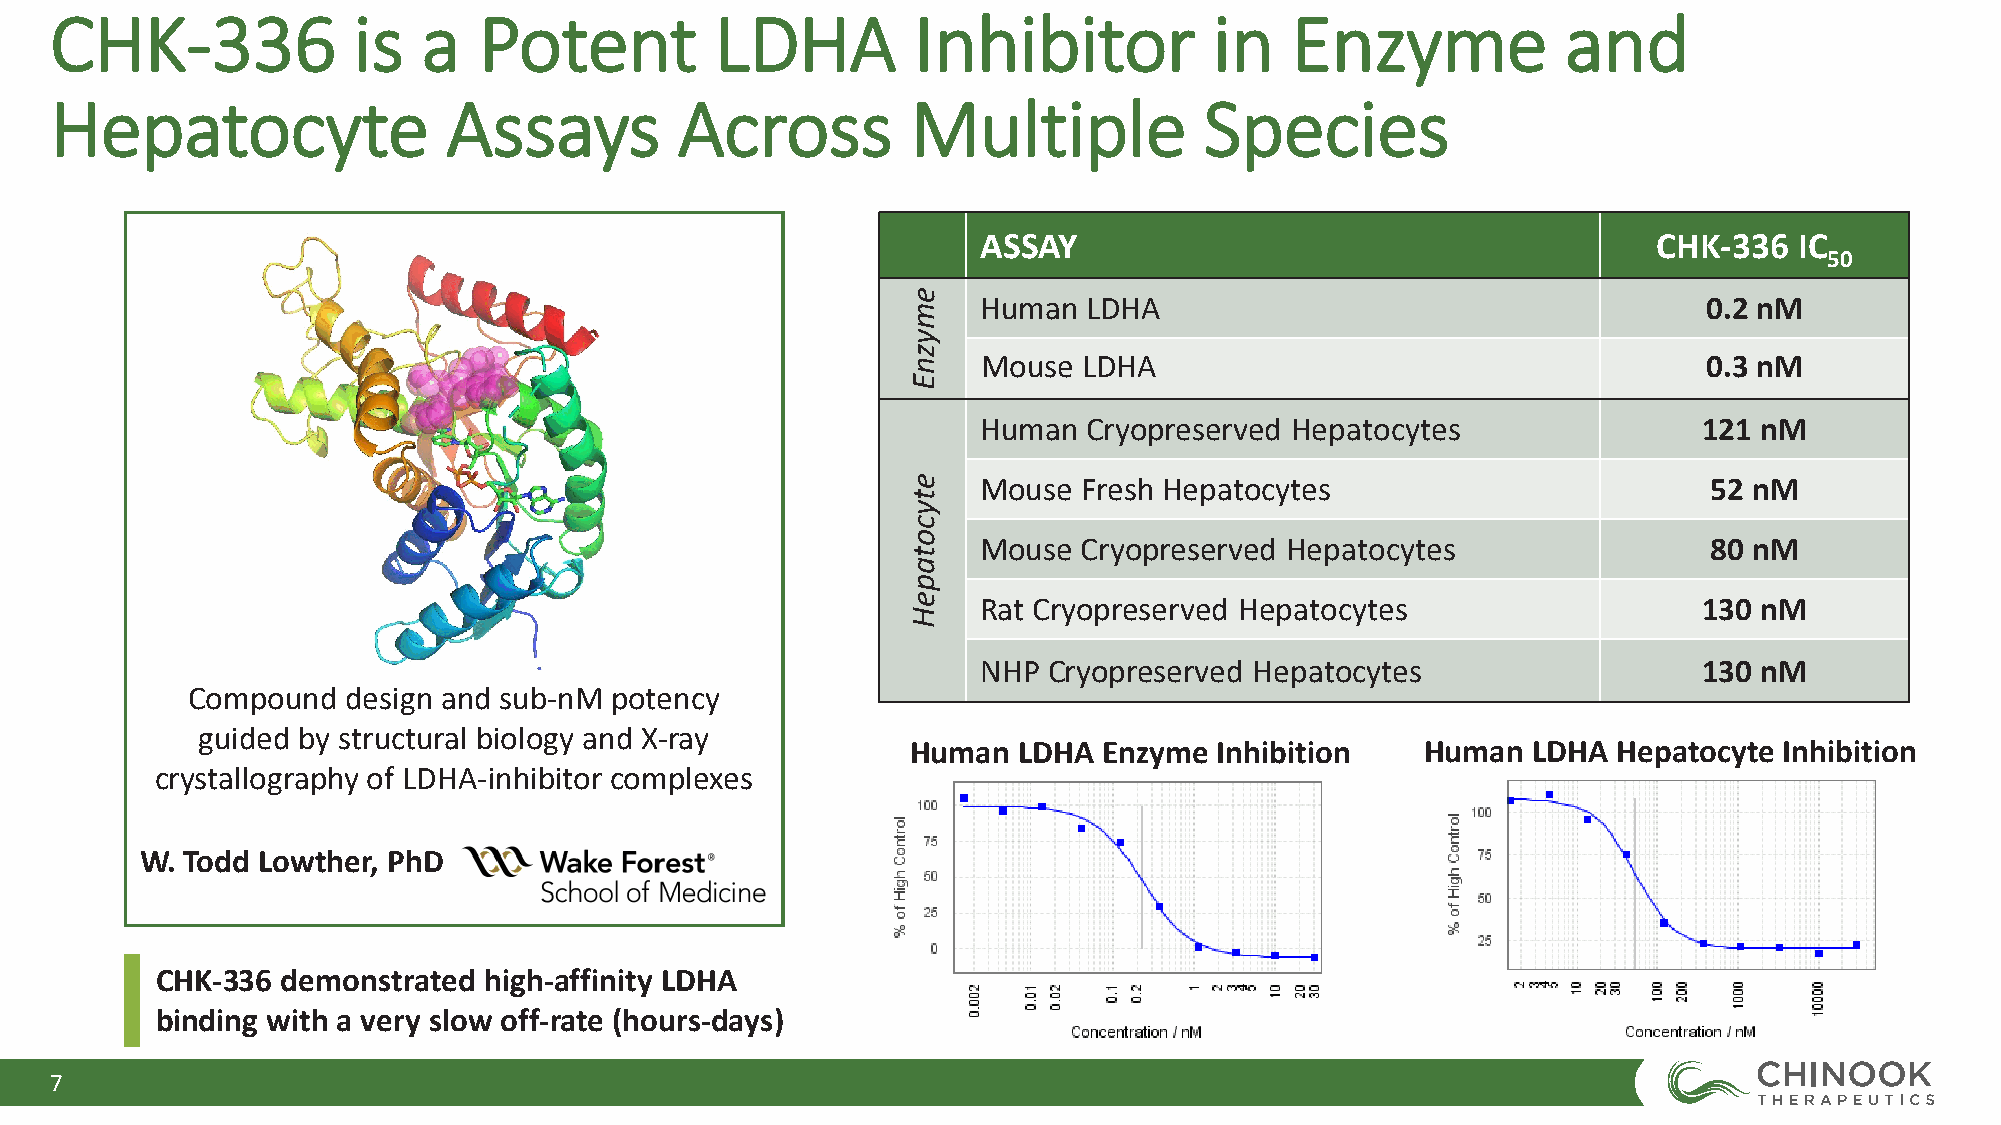
CHK-336             is   a   Potent         LDHA         Inhibitor           in   Enzyme             and
 Hepatocyte                 Assays         Across         Multiple            Species
 ASSAY                                        CHK-336  IC
 50
 Human  LDHA                                     0.2 nM
 Mouse  LDHA                                     0.3 nM
 Human  Cryopreserved Hepatocytes                121 nM
 Mouse  Fresh Hepatocytes                        52 nM
 Mouse  Cryopreserved Hepatocytes                80 nM
 Rat Cryopreserved Hepatocytes                   130 nM
 NHP Cryopreserved Hepatocytes                   130 nM
 Compound   design and sub-nM potency
 guided by structural biology and X-ray
 Human  LDHA  Enzyme  Inhibition   Human  LDHA  Hepatocyte Inhibition
 crystallography of LDHA-inhibitor complexes
 W. Todd Lowther, PhD
 CHK-336  demonstrated high-affinity LDHA
 binding with a very slow off-rate (hours-days)
 7
 emyznE
 etycotapeH